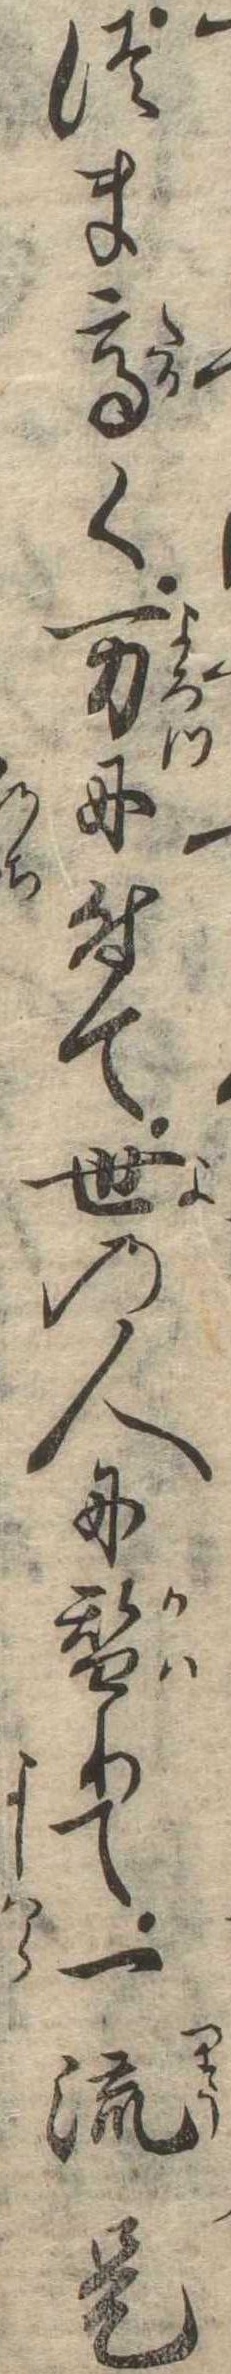
つま高く万に付て世の人に替りて一流是